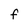
Character: f